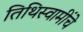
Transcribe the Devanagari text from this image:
तिथिस्वामींचे